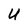
Character: U